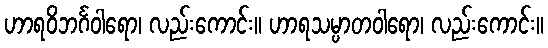
ဟာရဝိဘင်္ဂဝါရော၊ လည်းကောင်း။ ဟာရသမ္ပာတဝါရော၊ လည်းကောင်း။